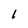
Character: 1